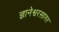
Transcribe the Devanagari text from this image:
ज्ञानेश्वरसागर